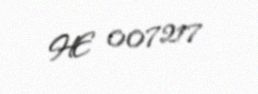
HE 007217